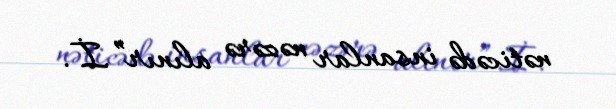
nəticədə insanlar nəzərə alınır”.İ.